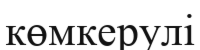
көмкерулі